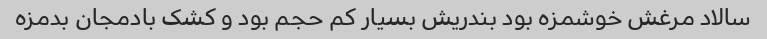
سالاد مرغش خوشمزه بود بندریش بسیار کم حجم بود و کشک بادمجان بدمزه